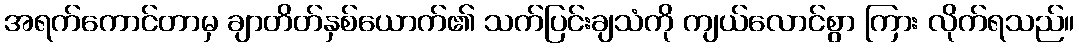
အရက်ကောင်တာမှ ချာတိတ်နှစ်ယောက်၏ သက်ပြင်းချသံကို ကျယ်လောင်စွာ ကြား လိုက်ရသည်။